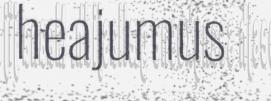
heajumus